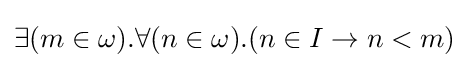
\exists (m\in \omega ).\forall (n\in \omega ).(n\in I\to n<m)